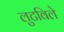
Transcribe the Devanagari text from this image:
लुटविले